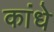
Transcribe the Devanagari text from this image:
कांधे